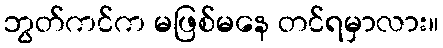
ဘွတ်ကင်က မဖြစ်မနေ တင်ရမှာလား။